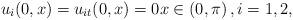
LaTeX: \begin{align*}u_i(0,x)=u_{it}(0,x)=0 x\in(0,\pi)\,,i=1,2,\end{align*}